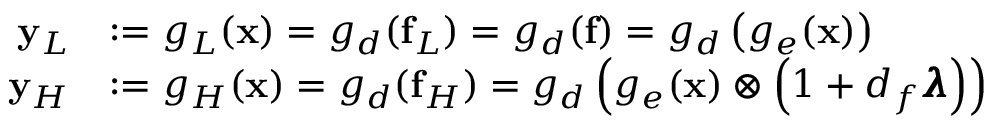
\begin{array} { r l } { \mathbf { y } _ { L } } & { : = g _ { L } ( \mathbf { x } ) = g _ { d } ( \mathbf { f } _ { L } ) = g _ { d } ( \mathbf { f } ) = g _ { d } \left( g _ { e } ( \mathbf { x } ) \right) } \\ { \mathbf { y } _ { H } } & { : = g _ { H } ( \mathbf { x } ) = g _ { d } ( \mathbf { f } _ { H } ) = g _ { d } \left( g _ { e } ( \mathbf { x } ) \otimes \left( 1 + d _ { f } \pmb { \lambda } \right) \right) } \end{array}